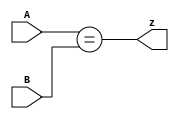
module top_module ( input [1:0] A, input [1:0] B, output z );

    assign z = (A == B);

endmodule